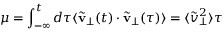
\mu = \int _ { - \infty } ^ { t } d \tau \langle \tilde { { \bf v } } _ { \perp } ( t ) \cdot \tilde { { \bf v } } _ { \perp } ( \tau ) \rangle = \langle \tilde { v } _ { \perp } ^ { 2 } \rangle \tau